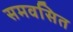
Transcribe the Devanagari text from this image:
समवसित